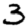
Digit: 3